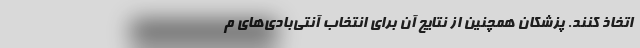
اتخاذ کنند. پزشکان همچنین از نتایج آن برای انتخاب آنتی‌بادی‌های م